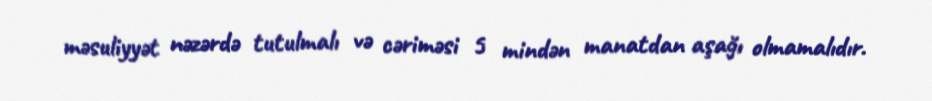
məsuliyyət nəzərdə tutulmalı və cəriməsi 5 mindən manatdan aşağı olmamalıdır.